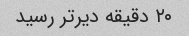
۲۰ دقیقه دیرتر رسید